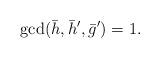
LaTeX: \begin{align*} \gcd(\bar h, \bar h',\bar g')=1. \end{align*}